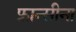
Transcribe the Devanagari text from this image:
फ्रान्सीना